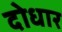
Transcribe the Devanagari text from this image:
दोधार